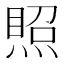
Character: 𰟉